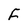
Character: F